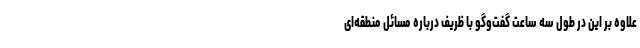
علاوه بر این در طول سه ساعت گفت‌وگو با ظریف درباره مسائل منطقه‌ای